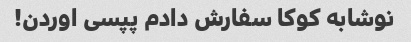
نوشابه کوکا سفارش دادم پپسی اوردن!